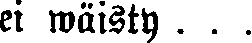
ei wäisty . . .